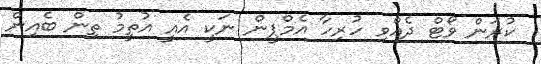
ކުރަން ވޯޓް ދެއްވި ހުރިހާ އެމްޕީން ނަކީ އެއީ އުތީމު ތިން ބެއިން